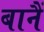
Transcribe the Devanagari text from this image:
बानैं